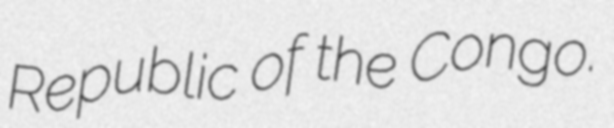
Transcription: Republic of the Congo.